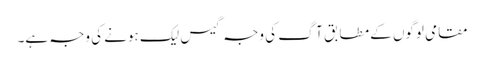
مقامی لوگوں کے مطابق آگ کی وجہ گیس لیک ہونے کی وجہ ہے۔